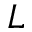
L